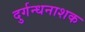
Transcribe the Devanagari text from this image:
दुर्गन्धनाशक